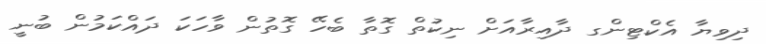
ދިވިޔާ އެކްޓިންގ ދާއިރާއަށް ނިކުތް ގޮތާ ބެހޭ ގޮތުން ވާހަކަ ދައްކަމުން ބުނީ